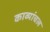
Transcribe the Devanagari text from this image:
काव्यांचल